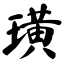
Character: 璜